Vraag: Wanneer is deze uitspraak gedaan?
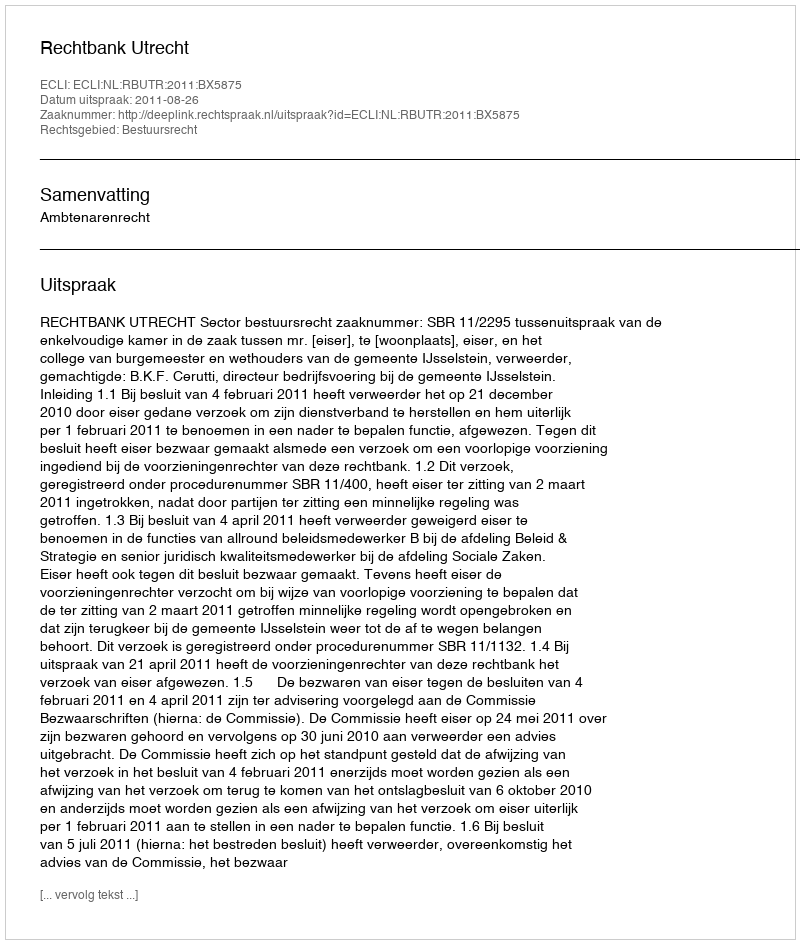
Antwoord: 2011-08-26